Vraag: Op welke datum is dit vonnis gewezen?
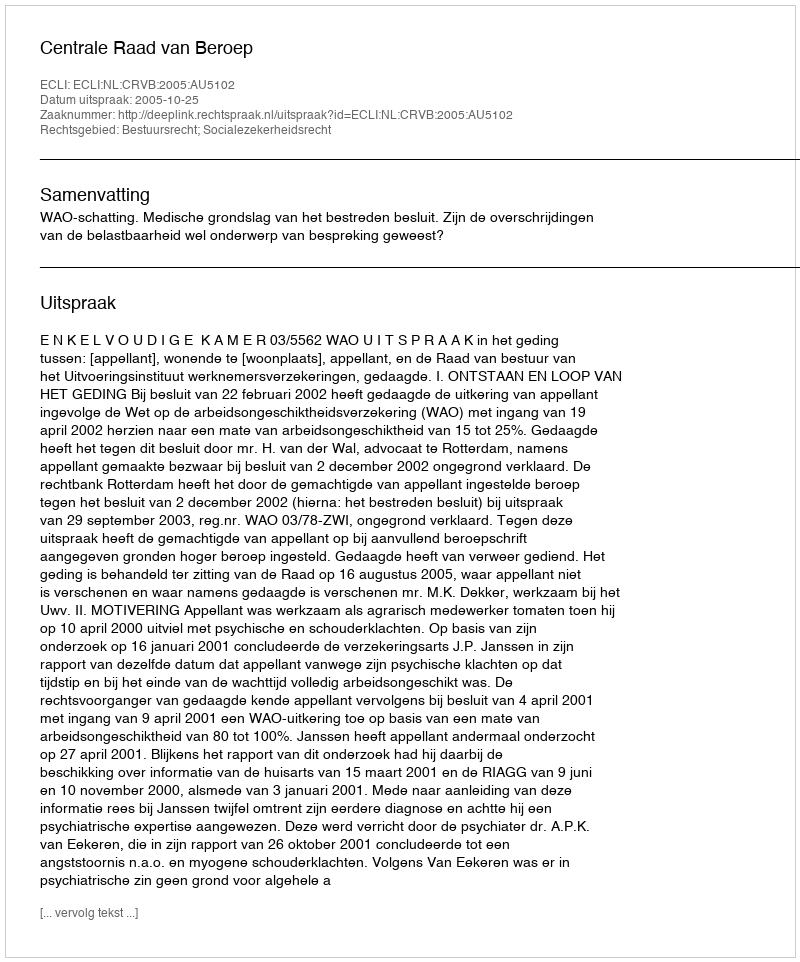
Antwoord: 2005-10-25